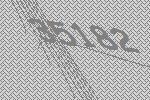
35182